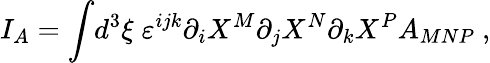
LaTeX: I_{A}=\int\! d^{3}\xi\; \varepsilon^{ijk}\partial_{i}X^{M}\partial_{j}X^{N}\partial_{k}X^{P}A_{MNP}\ ,